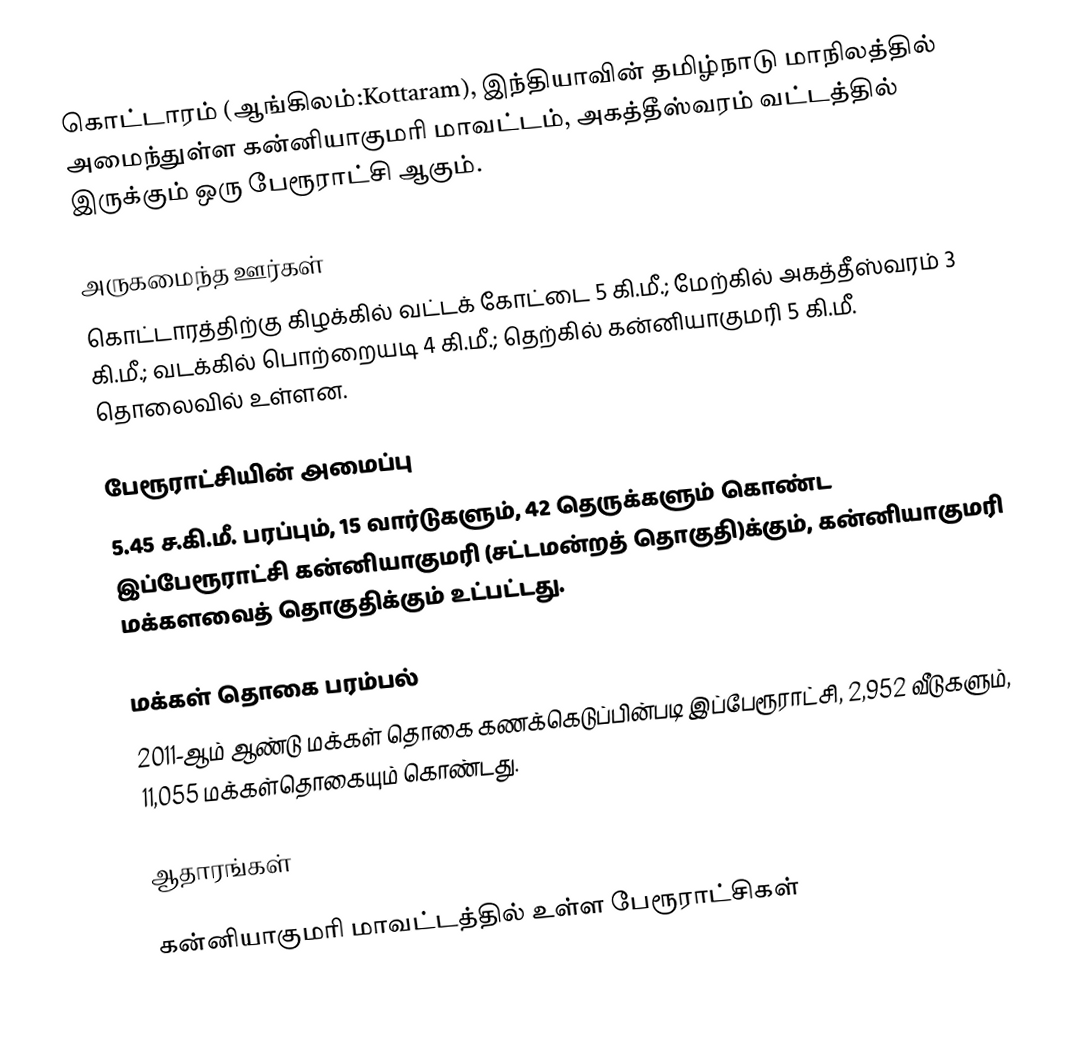
கொட்டாரம் (ஆங்கிலம்:Kottaram), இந்தியாவின் தமிழ்நாடு மாநிலத்தில் அமைந்துள்ள கன்னியாகுமரி மாவட்டம், அகத்தீஸ்வரம் வட்டத்தில் இருக்கும் ஒரு பேரூராட்சி ஆகும்.

அருகமைந்த ஊர்கள்
கொட்டாரத்திற்கு கிழக்கில் வட்டக் கோட்டை 5 கி.மீ.; மேற்கில் அகத்தீஸ்வரம் 3 கி.மீ.; வடக்கில் பொற்றையடி 4 கி.மீ.; தெற்கில் கன்னியாகுமரி 5 கி.மீ. தொலைவில் உள்ளன.

பேரூராட்சியின் அமைப்பு
5.45 ச.கி.மீ.  பரப்பும்,  15 வார்டுகளும், 42 தெருக்களும் கொண்ட இப்பேரூராட்சி  கன்னியாகுமரி (சட்டமன்றத் தொகுதி)க்கும், கன்னியாகுமரி மக்களவைத் தொகுதிக்கும் உட்பட்டது.

மக்கள் தொகை பரம்பல்
2011-ஆம் ஆண்டு மக்கள் தொகை கணக்கெடுப்பின்படி  இப்பேரூராட்சி, 2,952 வீடுகளும், 11,055 மக்கள்தொகையும் கொண்டது.

ஆதாரங்கள்

கன்னியாகுமரி மாவட்டத்தில் உள்ள பேரூராட்சிகள்